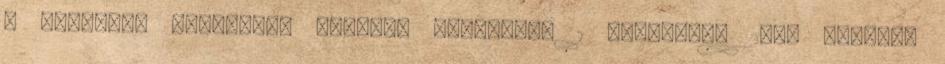
a European Public."— Előadás másolata: 1 Budapest, 2009 Október